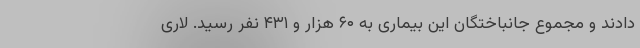
دادند و مجموع جانباختگان این بیماری به ۶۰ هزار و ۴۳۱ نفر رسید. لاری